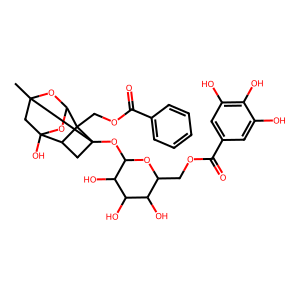
SMILES: CC12CC3(O)OC(O1)C1(COC(=O)c4ccccc4)C3CC21OC1OC(COC(=O)c2cc(O)c(O)c(O)c2)C(O)C(O)C1O
Inhibits HIV replication: No